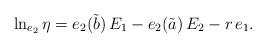
LaTeX: \begin{align*}\ln_{e_2}\eta=e_2(\tilde{b})\,E_1-e_2(\tilde{a})\,E_2-r\,e_1.\end{align*}